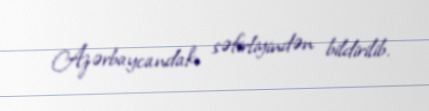
Azərbaycandakı səfirliyindən bildirilib.